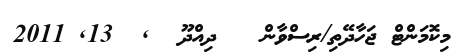
މިކޮމަންޓް ޖަހާދޭތި/ރިސްވާން   ދިއްދޫ